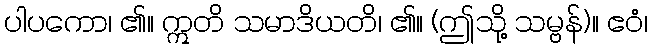
ပါပကော၊ ၏။ ဣတိ သမာဒိယတိ၊ ၏။ (ဤသို့ သမ္ဗန်)။ ဧဝံ၊